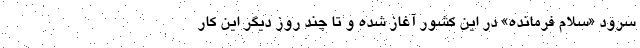
سرود «سلام فرمانده» در این کشور آغاز شده و تا چند روز دیگر این کار